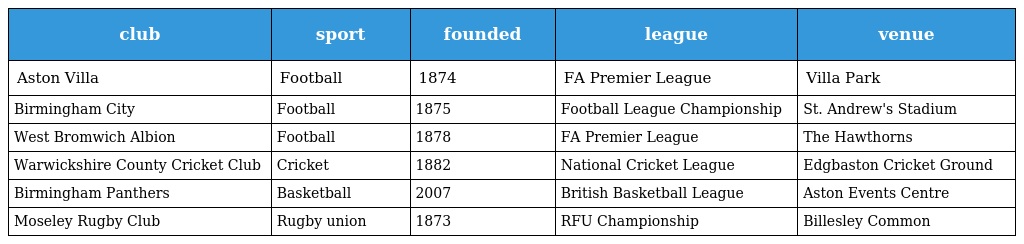
| club | sport | founded | league | venue |
 | --- | --- | --- | --- | --- |
 | Aston Villa | Football | 1874 | FA Premier League | Villa Park |
 | Birmingham City | Football | 1875 | Football League Championship | St. Andrew's Stadium |
 | West Bromwich Albion | Football | 1878 | FA Premier League | The Hawthorns |
 | Warwickshire County Cricket Club | Cricket | 1882 | National Cricket League | Edgbaston Cricket Ground |
 | Birmingham Panthers | Basketball | 2007 | British Basketball League | Aston Events Centre |
 | Moseley Rugby Club | Rugby union | 1873 | RFU Championship | Billesley Common |